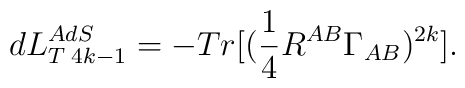
dL_{T\;4k-1}^{AdS}=-Tr[(\frac{1}{4}R^{AB}\Gamma _{AB})^{2k}].